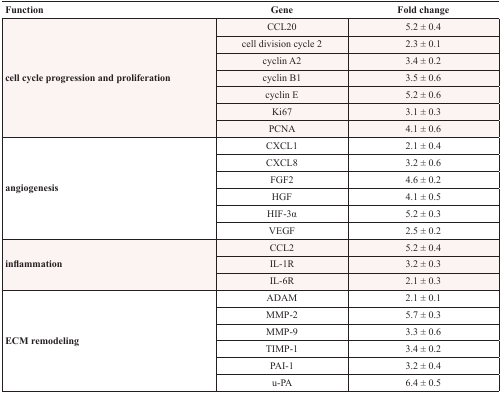
<table><thead><tr><td><b>Function</b></td><td><b>Gene</b></td><td><b>Fold change</b></td></tr></thead><tbody><tr><td rowspan="7"><b>cell cycle progression and proliferation</b></td><td>CCL20</td><td>5.2 ± 0.4</td></tr><tr><td>cell division cycle 2</td><td>2.3 ± 0.1</td></tr><tr><td>cyclin A2</td><td>3.4 ± 0.2</td></tr><tr><td>cyclin B1</td><td>3.5 ± 0.6</td></tr><tr><td>cyclin E</td><td>5.2 ± 0.6</td></tr><tr><td>Ki67</td><td>3.1 ± 0.3</td></tr><tr><td>PCNA</td><td>4.1 ± 0.6</td></tr><tr><td rowspan="6"><b>angiogenesis</b></td><td>CXCL1</td><td>2.1 ± 0.4</td></tr><tr><td>CXCL8</td><td>3.2 ± 0.6</td></tr><tr><td>FGF2</td><td>4.6 ± 0.2</td></tr><tr><td>HGF</td><td>4.1 ± 0.5</td></tr><tr><td>HIF-3α</td><td>5.2 ± 0.3</td></tr><tr><td>VEGF</td><td>2.5 ± 0.2</td></tr><tr><td rowspan="3"><b>inflammation</b></td><td>CCL2</td><td>5.2 ± 0.4</td></tr><tr><td>IL-1R</td><td>3.2 ± 0.3</td></tr><tr><td>IL-6R</td><td>2.1 ± 0.3</td></tr><tr><td rowspan="6"><b>ECM remodeling</b></td><td>ADAM</td><td>2.1 ± 0.1</td></tr><tr><td>MMP-2</td><td>5.7 ± 0.3</td></tr><tr><td>MMP-9</td><td>3.3 ± 0.6</td></tr><tr><td>TIMP-1</td><td>3.4 ± 0.2</td></tr><tr><td>PAI-1</td><td>3.2 ± 0.4</td></tr><tr><td>u-PA</td><td>6.4 ± 0.5</td></tr></tbody></table>